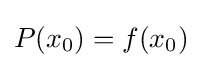
P(x_{0})=f(x_{0})